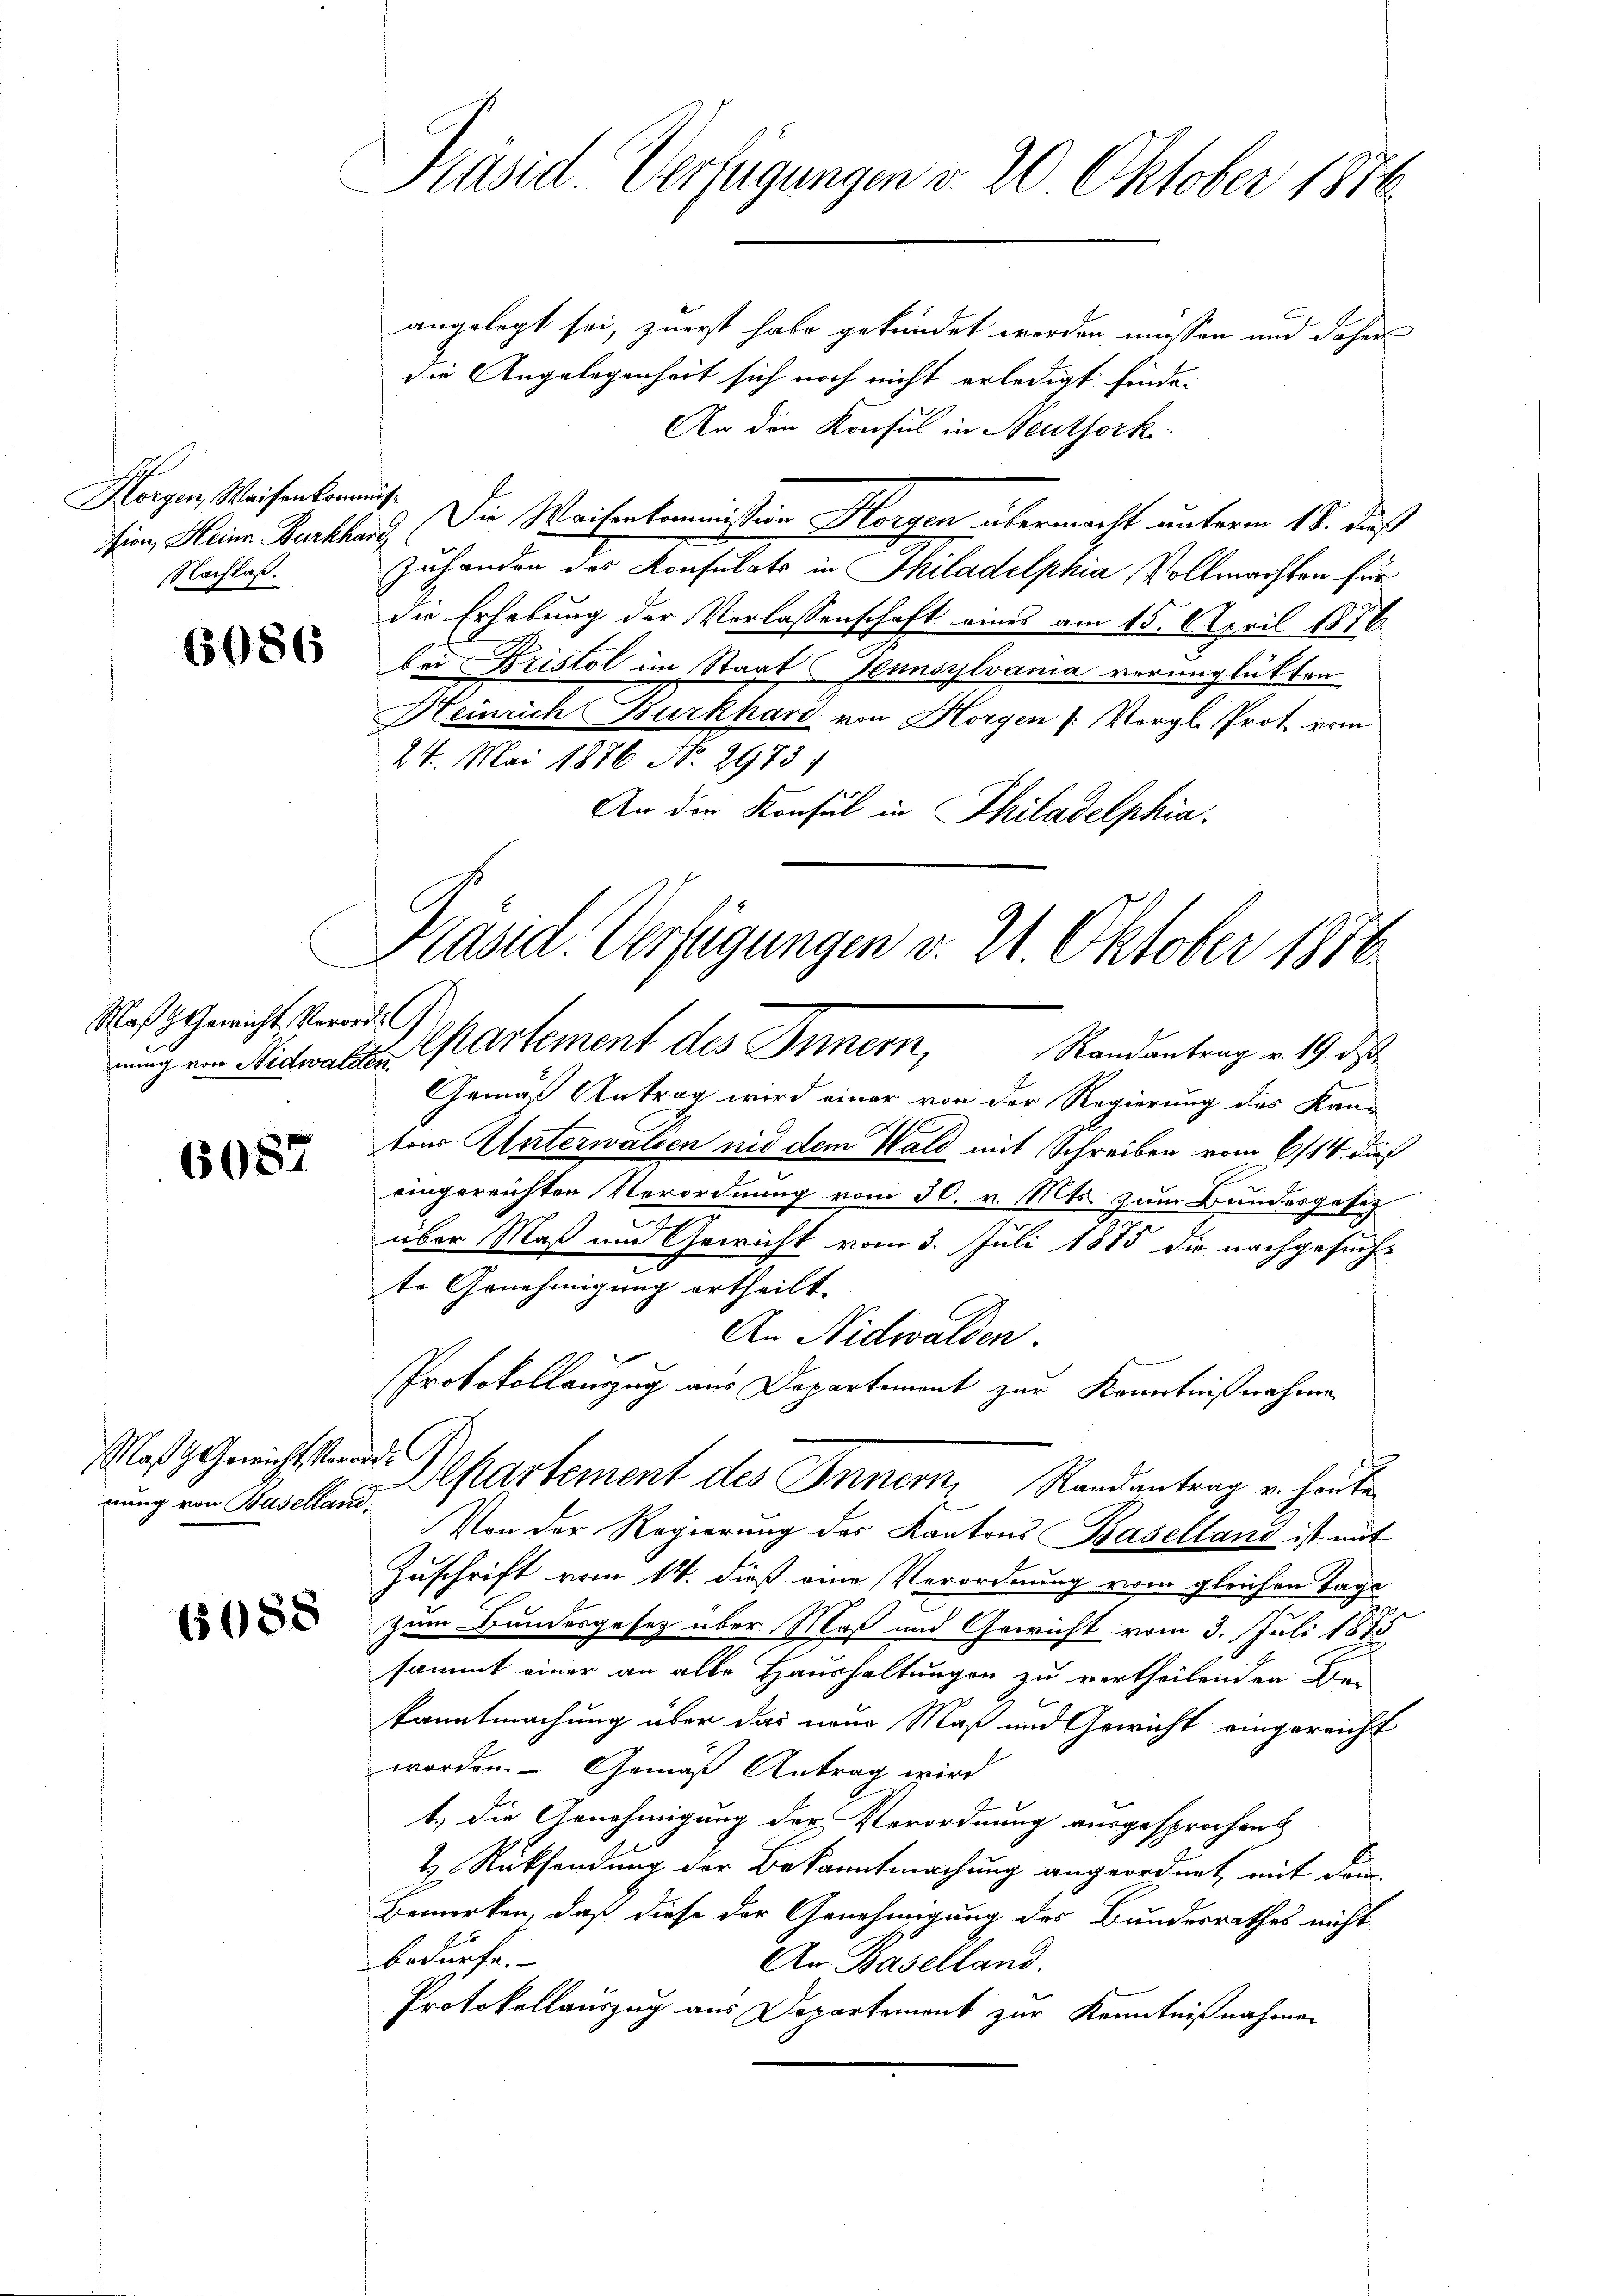
h
Horgen, Waisenkommis¬
Nachlaß.

6086

Mas 9 Gewicht Verordet

6087

Maßg Gewicht Verordnung von Baselland.

Präsid. Verfügungen v. 20 Oktober 1876.

angelegt sei, zuerst habe gekündet werden müssen und daher
die Angelegenheit sich noch nicht erledigt finde-
An den Konsul in Neuthork
sion, Heine Burkhard. Die Waisenkommission Horgen übermacht unterm 15. daß
Zuhanden des Konsulats in Philadelphia Vollmachten für
die Erhebung der Verlassenschaft eines am 15. April 1876.
bei Bristol im Staat Hennsylvania verunglükten
Heinrich Burkhard von Horgen (Vergl. Prot vom
24. Mai 1876 No. 2973,
An der Konsul in Philadelphia
Gemäß Antrag wird einer von der Regierung des Kanztons Unterwalden nid dem Wald mit Schreiben vom 6/14. dies
eingereichten Verordnung vom 30. v. Mts. zum Bundesgesez
über Maß um Gewicht vom 3. Juli 1875 die nachgesuch-
te Genehmigung ertheilt.
An Nidwalden.
PProtokollanzug aus Departement zur Kenntnißnahme
Departement des Innern, Randantrag u. heuten
Von der Regierung des Kantons Baselland ist mit
Zuschrift vom 14. dieß eine Verordnung vom gleichen Tage
 zum Bundesgesetz über Maß und Gewicht vom 3. Juli 1873
sammt einer an alle Haushaltungen zu vertheilenden Ben
kanntmachung über das neue Maß und Gewicht eingereicht
worden Gemäß Antrag wird
t. die Genehmigung der Verordnung ausgesprochen
t Rücksendung der Bekanntmachung angeordnet, mit dem
Bemerken, daß diese der Genehmigung des Bundesrathes nicht
bedürfe.
An Baselland.
Protokollauszug aus Departement zur Kenntnißnahmen

Präsid. Verfügungen v. 21. Oktober 1876
nung ein Nidwalden Partement des Innern, Randantrag v. 19. ds.